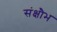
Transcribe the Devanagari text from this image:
संक्षौभ